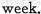
week.